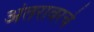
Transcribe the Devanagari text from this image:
अंतरावरचे